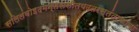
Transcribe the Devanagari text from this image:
सलिलंवोइदमन्तरासीतयदतरस्तंताकानां